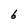
Character: 6